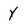
Character: Y